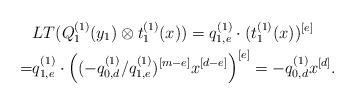
LaTeX: \begin{align*}&LT(Q^{(1)}_1(y_1)\otimes t_1^{(1)}(x)) = q^{(1)}_{1,e}\cdot(t_1^{(1)}(x))^{[e]} \\=&q^{(1)}_{1,e}\cdot \left((-q^{(1)}_{0,d}/q^{(1)}_{1,e})^{[m-e]}x^{[d-e]}\right)^{[e]} = -q^{(1)}_{0,d}x^{[d]}. \end{align*}